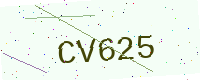
Text: CV625